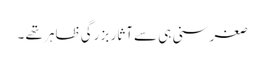
صغر سنی ہی سے آثار بزرگی ظاہر تھے ۔